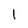
Character: l